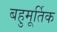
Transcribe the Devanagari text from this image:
बहुमूर्तिक